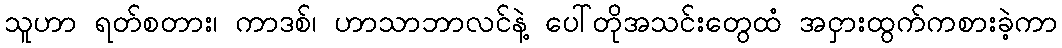
သူဟာ ရတ်စတား၊ ကာဒစ်၊ ဟာသာဘာလင်နဲ့ ပေါ်တိုအသင်းတွေထံ အငှားထွက်ကစားခဲ့ကာ